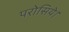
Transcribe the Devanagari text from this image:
परोसिये।